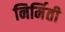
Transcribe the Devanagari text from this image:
निर्मिती